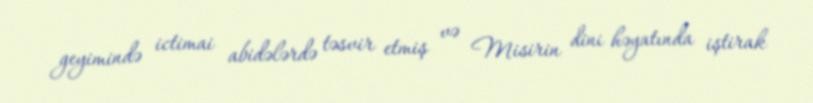
geyimində ictimai abidələrdə təsvir etmiş və Misirin dini həyatında iştirak